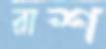
রাশ